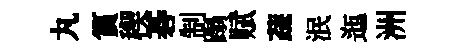
丸篔稧碁制蹋赋蔬泯迤洲